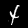
Digit: 4